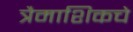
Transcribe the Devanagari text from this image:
त्रैमाशिकचे